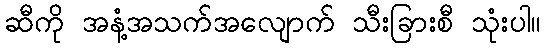
ဆီကို အနံ့အသက်အလျောက် သီးခြားစီ သုံးပါ။